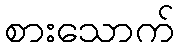
စားသောက်